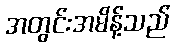
အတွင်းအမိန့်သည်